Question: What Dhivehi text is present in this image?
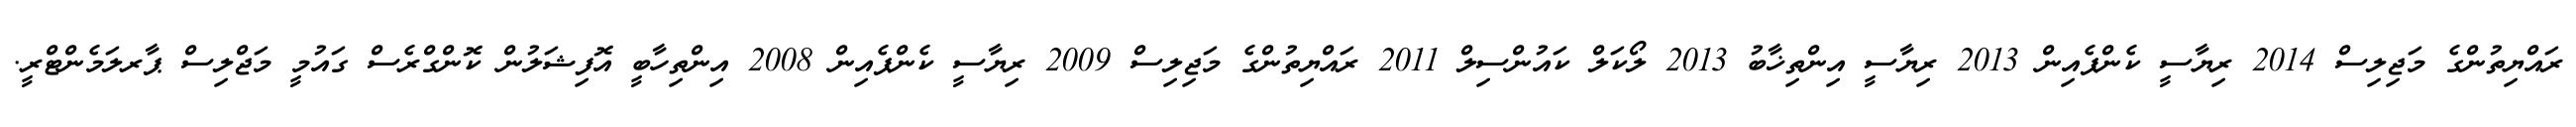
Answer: ރައްޔިތުންގެ މަޖިލިސް 2014 ރިޔާސީ ކެންޕެއިން 2013 ރިޔާސީ އިންތިޚާބު 2013 ލޯކަލް ކައުންސިލް 2011 ރައްޔިތުންގެ މަޖިލިސް 2009 ރިޔާސީ ކެންޕެއިން 2008 އިންތިހާބީ އޮފިޝަލުން ކޮންގްރެސް ގައުމީ މަޖްލިސް ޕާރލަމެންޓްރީ.